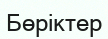
Бөріктер